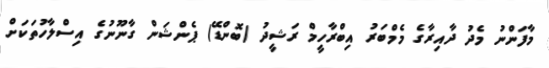
މާފަންނު މެދު ދާއިރާގެ މެމްބަރު އިބްރާހީމް ރަޝީދު (ބޮންޑޭ) ޕެންޝަން ގާނޫނުގެ އިސްލާހުތަކަށް